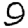
Digit: 9